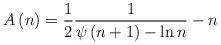
LaTeX: \begin{align*}A\left( n\right) =\frac{1}{2}\frac{1}{\psi \left( n+1\right) -\ln n}-n\end{align*}